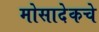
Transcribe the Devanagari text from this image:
मोसादेकचे